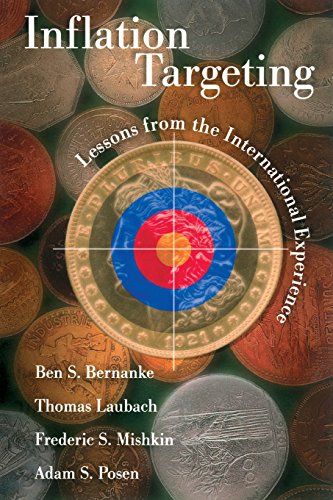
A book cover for Inflation Targeting: Lessons from the International Experience; Ben S. Bernanke; Business & Money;